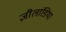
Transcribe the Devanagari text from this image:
ज़ीलांडिया